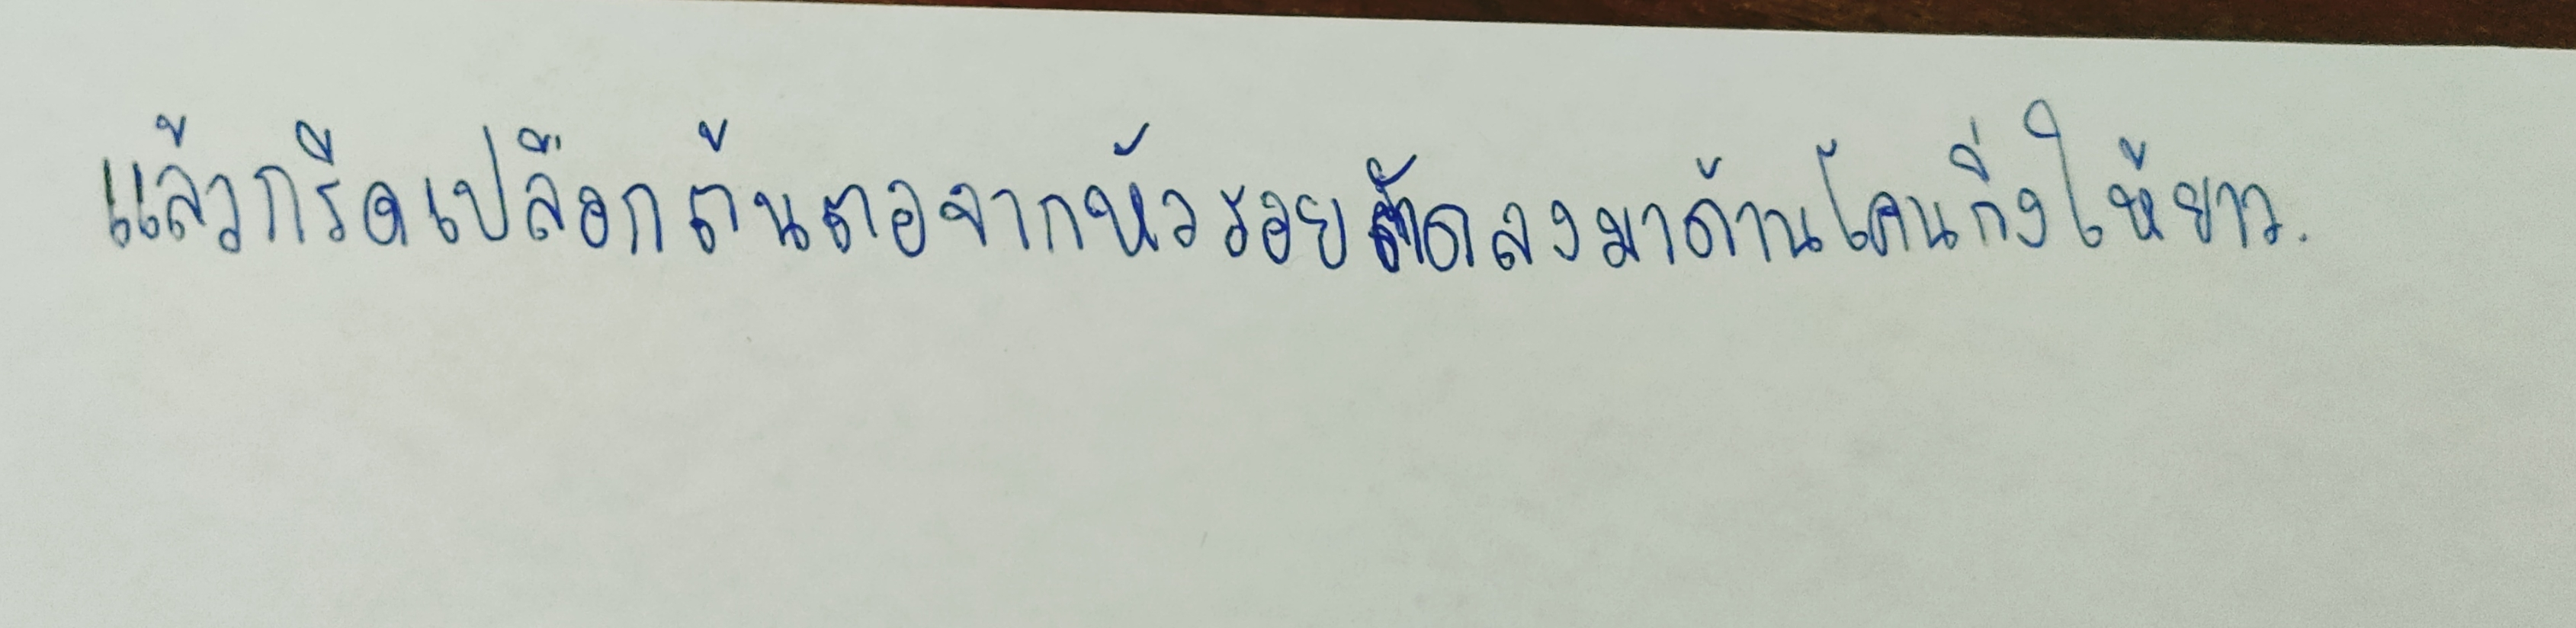
แล้วกรีดเปลือกต้นตอจากหัวรอยตัดลงมาด้านโคนกิ่งให้ยาว